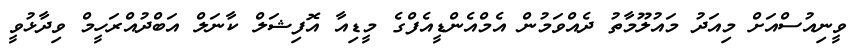
ވީނިއުސްއަށް މިއަދު މައުލޫމާތު ދެއްވަމުން އެމްއެންޑީއެފްގެ މީޑިއާ އޮފިޝަލް ކާނަލް އަބްދުއްރަހީމް ވިދާޅުވީ